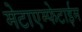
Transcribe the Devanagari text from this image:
मेटाएम्फेटाईम